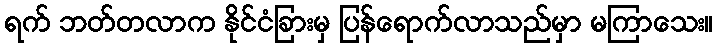
ရက် ဘတ်တလာက နိုင်ငံခြားမှ ပြန်ရောက်လာသည်မှာ မကြာသေး။